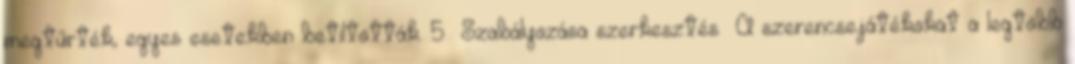
megtűrték, egyes esetekben betiltották. 5 Szabályozása szerkesztés A szerencsejátékokat a legtöbb